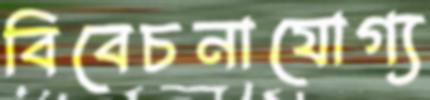
বিবেচনাযোগ্য